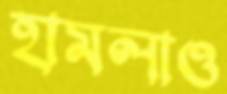
হামলাও